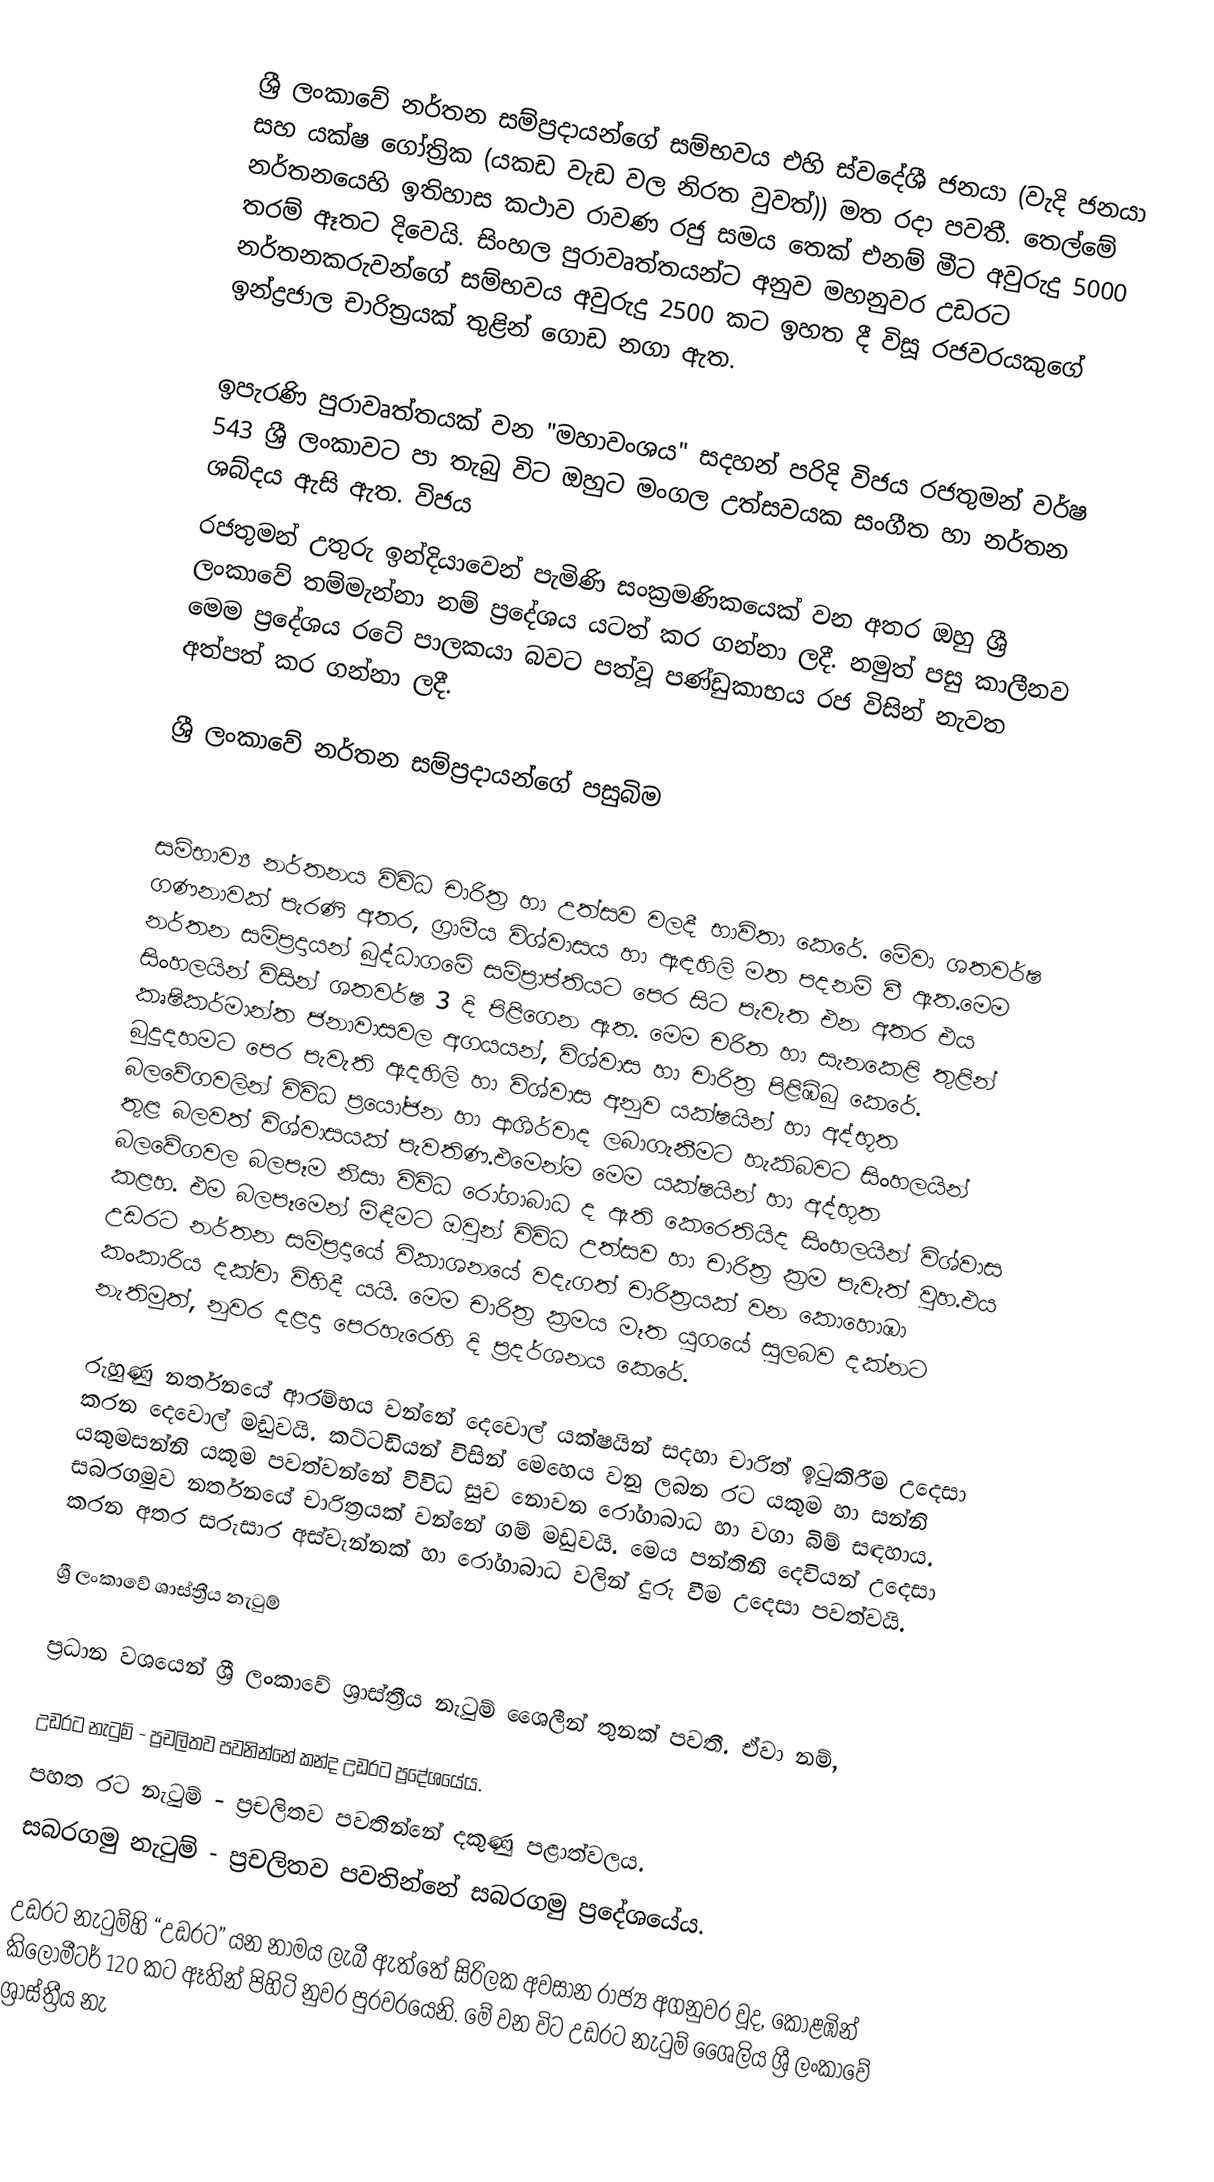
ශ්‍රී ලංකාවේ නර්තන සම්ප්‍රදායන්ගේ සම්භවය එහි ස්වදේශී ජනයා (වැදි ජනයා සහ යක්ෂ ගෝත්‍රික (යකඩ වැඩ වල නිරත වුවත්)) මත රදා පවතී. තෙල්මේ නර්තනයෙහි ඉතිහාස කථාව රාවණ රජු සමය තෙක් එනම් මීට අවුරුදු 5000 තරම් ඈතට දිවෙයි. සිංහල පුරාවෘත්තයන්ට අනුව මහනුවර උඩරට නර්තනකරුවන්ගේ සම්භවය අවුරුදු 2500 කට ඉහත දී විසූ රජවරයකුගේ ඉන්ද්‍රජාල චාරිත්‍රයක් තුළින් ගොඩ නගා ඇත.

ඉපැරණි පුරාවෘත්තයක් වන "මහාවංශය" සදහන් පරිදි විජය රජතුමන් වර්ෂ 543 ශ්‍රී ලංකාවට පා තැබු විට ඔහුට මංගල උත්සවයක සංගීත හා නර්තන ශබ්දය ඇසි ඇත. විජය
රජතුමන් උතුරු ඉන්දියාවෙන් පැමිණි සංක්‍රමණිකයෙක් වන අතර ඔහු ශ්‍රී ලංකාවේ තම්මැන්නා නම් ප්‍රදේශය යටත් කර ගන්නා ලදී. නමුත් පසු කාලීනව මෙම ප්‍රදේශය රටේ පාලකයා බවට පත්වූ පණ්ඩුකාභය රජ විසින් නැවත අත්පත් කර ගන්නා ලදී.

ශ්‍රී ලංකාවේ නර්තන සම්ප්‍රදායන්ගේ  පසුබිම

සම්භාව්‍ය නර්තනය විවිධ චාරිත්‍ර හා උත්සව වලදී භාවිතා කෙරේ. මේවා ශතවර්ෂ ගණනාවක් පැරණි අතර, ග්‍රාමීය විශ්වාසය හා ඇඳහිලි මත පදනම් වී ඇත.මෙම නර්තන සම්ප්‍රදායන් බුද්ධාගමේ සම්ප්‍රාප්තියට පෙර සිට පැවැත එන අතර එය සිංහලයින් විසින් ශතවර්ෂ 3 දි පිළිගෙන ඇත. මෙම චරිත හා සැනකෙළි තුළින් කෘෂිකර්මාන්ත ජනාවාසවල අගයයන්, විශ්වාස හා චාරිත්‍ර පිළිඹිබු කෙරේ. බුදුදහමට පෙර පැවැති ඇදහිලි හා විශ්වාස අනුව යක්ෂයින් හා අද්භූත බලවේගවලින් විවිධ ප්‍රයෝජන හා ආශිර්වාද ලබාගැනීමට හැකිබවට සිංහලයින් තුළ බලවත් විශ්වාසයක් පැවතිණ.එමෙන්ම මෙම යක්ෂයින් හා අද්භූත බලවේගවල බලපෑම නිසා විවිධ රෝගාබාධ ද ඇති කෙරෙතියිද සිංහලයින් විශ්වාස කළහ. එම බලපෑමෙන් මිඳීමට ඔවුන් විවිධ උත්සව හා චාරිත්‍ර ක්‍රම පැවැත් වුහ.එය උඩරට නර්තන සම්ප්‍රදායේ විකාශනයේ වදැගත් චාරිත්‍රයක් වන කොහොඹා කංකාරිය දක්වා විහිදී යයි. මෙම චාරිත්‍ර ක්‍රමය මෑත යුගයේ සුලබව දක්නට නැතිමුත්, නුවර දළදා පෙරහැරෙහි දි ප්‍රදර්ශනය කෙරේ.

රුහුණු නර්තනයේ ආරම්භය වන්නේ දෙවොල් යක්ෂයින් සදහා චාරිත්‍ ඉටුකිරීම උදෙසා කරන දෙවොල් මඩුවයි. කට්ටඩියන් විසින් මෙහෙය වනු ලබන රට යකුම හා සන්නි යකුමසන්නි යකුම පවත්වන්නේ විවිධ සුව නොවන රෝගාබාධ හා වගා බිම් සඳහාය. සබරගමුව නර්තනයේ චාරිත්‍රයක් වන්නේ ගම් මඩුවයි. මෙය පන්තිනි දෙවියන් උදෙසා කරන අතර සරුසාර අස්වැන්නක් හා රෝගාබාධ වලින් දුරු වීම උදෙසා පවත්වයි.

ශ්‍රී ලංකාවේ ශාස්ත්‍රීය නැටුම්

ප්‍රධාන වශයෙන් ශ්‍රී ලංකාවේ ශ්‍රාස්ත්‍රීය නැටුම් ශෛලීන් තුනක් පවතී. ඒවා නම්,

උඩරට නැටුම් - ප්‍රචලිතව පවනින්නේ කන්ද උඩරට ප්‍රදේශයේය.
පහත රට නැටුම් - ප්‍රචලිතව පවතින්නේ දකුණු පළාත්වලය.
සබරගමු නැටුම් - ප්‍රචලිතව පවතින්නේ සබරගමු ප්‍රදේශයේය.

උඩරට නැටුම්හි “උඩරට” යන නාමය ලැබී ඇත්තේ සිරිලක අවසාන රාජ්‍ය අගනුවර වූද, කොළඹින් කිලෝමීටර් 120 කට ඈතින් පිහිටි නුවර පුරවරයෙනි. මේ වන විට උඩරට නැටුම් ශෛලිය ශ්‍රී ලංකාවේ ශ්‍රාස්ත්‍රීය නැ